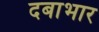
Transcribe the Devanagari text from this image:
दबाभार